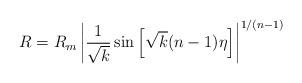
LaTeX: \begin{align*}R=R_m\left| \frac 1{\sqrt{k}}\sin \left[ \sqrt{k}(n-1)\eta \right] \right|^{1/(n-1)} \end{align*}